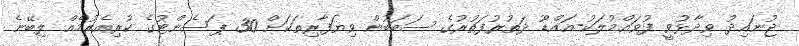
ޖުނައިދު ވިދާޅުވީ ފުވައްމުލަކު-އައްޑޫ ދަތުރުފަތުރުގެ ސަބަބުން ވިޔަފާރިތަކަށް 30 ޕަސެންޓުގެ ކުރިއެރުމެއް ލިބޭނެ